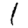
Digit: 1